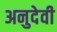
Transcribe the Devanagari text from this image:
अनुदेवी